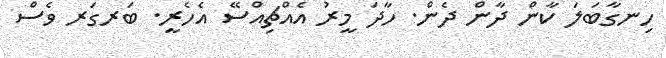
ހިނގާބަލަ ކާން ދާން ދެން. ހާދަ މީރު އެއްޗިއްސޭ އެހެރީ. ބަރގަރ ވެސް